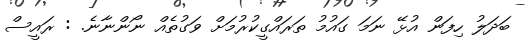
ބަދަލު ހިފަން އުޅޭ ނަމަ ގައުމު ތަރައްގީކުރުމަށް ވަގުތެއް ނޯންނާނެ. : ރައީސް